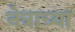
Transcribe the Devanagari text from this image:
नेत्राच्या